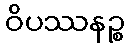
ဝိပဿနဉ္စ